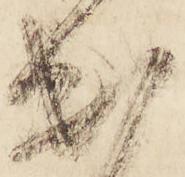
出